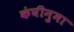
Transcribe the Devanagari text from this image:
कंघीनुमा